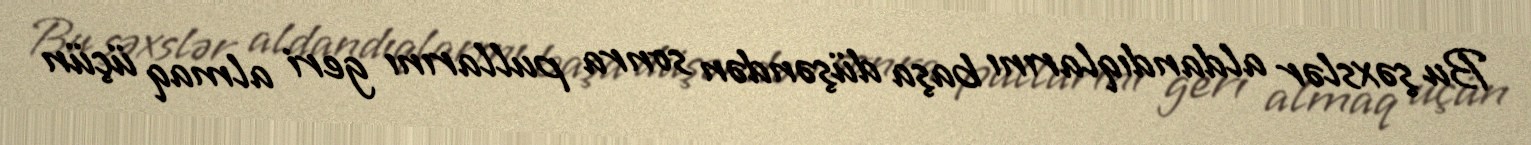
Bu şəxslər aldandıqlarını başa düşəndən sonra pullarını geri almaq üçün